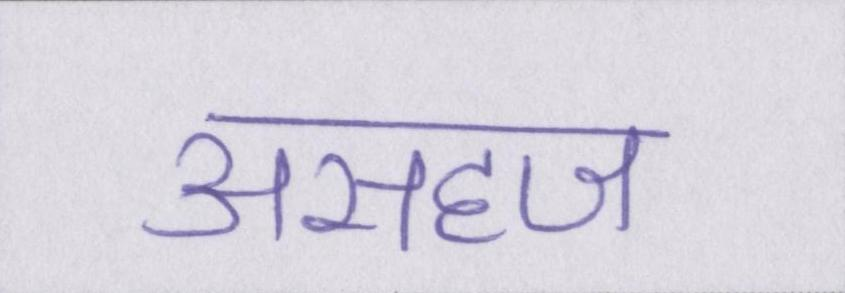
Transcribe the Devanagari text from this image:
असहज